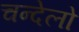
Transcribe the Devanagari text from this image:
चन्देलो